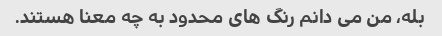
بله، من می دانم رنگ های محدود به چه معنا هستند.